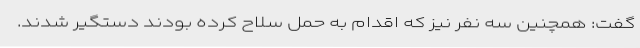
گفت: همچنین سه نفر نیز که اقدام به حمل سلاح کرده بودند دستگیر شدند.